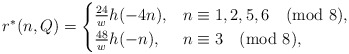
\begin{align*}r^*(n,Q)=\begin{cases}\frac{24}{w}h(-4n),&n\equiv 1,2,5,6\pmod{8},\\\frac{48}{w}h(-n),&n\equiv 3\pmod{8},\end{cases}\end{align*}